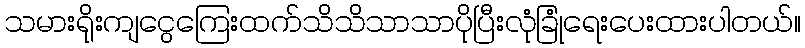
သမားရိုးကျငွေကြေးထက်သိသိသာသာပိုပြီးလုံခြုံရေးပေးထားပါတယ်။